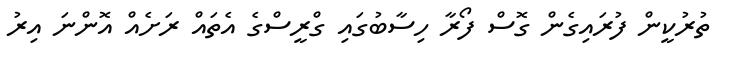
ތުރުކީން ފުރައިގެން ގޮސް ފޯރާ ހިސާބުގައި ގްރީސްގެ އެތައް ރަށެއް އޮންނަ އިރު